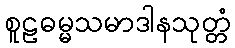
စူဠဓမ္မသမာဒါနသုတ္တံ